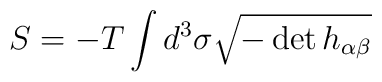
S = -T  \int d^3 \sigma \sqrt{-\det h_{\alpha \beta}}